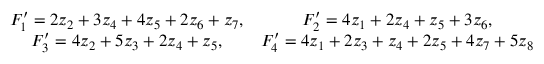
\begin{array} { r } { \begin{array} { c c } { F _ { 1 } ^ { \prime } = 2 z _ { 2 } + 3 z _ { 4 } + 4 z _ { 5 } + 2 z _ { 6 } + z _ { 7 } , } & { F _ { 2 } ^ { \prime } = 4 z _ { 1 } + 2 z _ { 4 } + z _ { 5 } + 3 z _ { 6 } , } \\ { F _ { 3 } ^ { \prime } = 4 z _ { 2 } + 5 z _ { 3 } + 2 z _ { 4 } + z _ { 5 } , } & { F _ { 4 } ^ { \prime } = 4 z _ { 1 } + 2 z _ { 3 } + z _ { 4 } + 2 z _ { 5 } + 4 z _ { 7 } + 5 z _ { 8 } } \end{array} } \end{array}